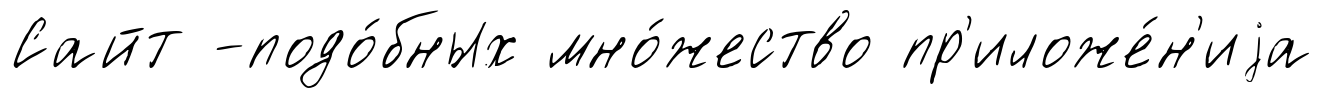
Сайт -подо́бных мно́жество пр'иложе́н'иjа